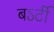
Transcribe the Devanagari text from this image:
बऽर्टी